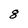
Character: 8